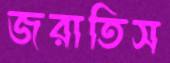
জরাতিস